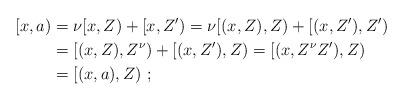
LaTeX: \begin{align*} [x,a) & = \nu[x,Z)+[x,Z') = \nu [(x,Z),Z) + [(x,Z'),Z') \\ & = [(x,Z),Z^\nu)+[(x,Z'),Z) = [(x,Z^\nu Z'),Z) \\ & = [(x,a),Z) \ ;\end{align*}